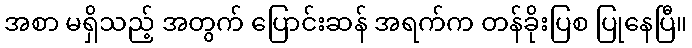
အစာ မရှိသည့် အတွက် ပြောင်းဆန် အရက်က တန်ခိုးပြစ ပြုနေပြီ။